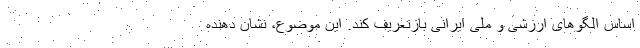
اساس الگوهای ارزشی و ملی ایرانی بازتعریف کند. این موضوع، نشان دهنده